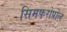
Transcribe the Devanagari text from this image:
सिमफरोपोल